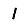
Digit: 1